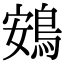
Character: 鴳